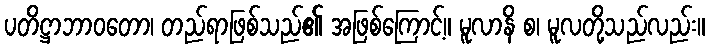
ပတိဋ္ဌာဘာဝတော၊ တည်ရာဖြစ်သည်၏ အဖြစ်ကြောင့်။ မူလာနိ စ၊ မူလတို့သည်လည်း။